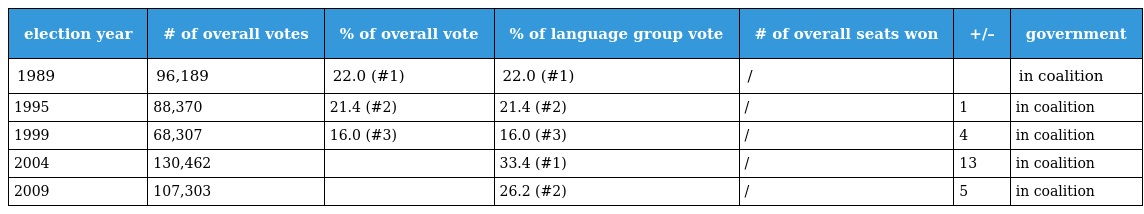
| election year | # of overall votes | % of overall vote | % of language group vote | # of overall seats won | +/– | government |
 | --- | --- | --- | --- | --- | --- | --- |
 | 1989 | 96,189 | 22.0 (#1) | 22.0 (#1) | / |  | in coalition |
 | 1995 | 88,370 | 21.4 (#2) | 21.4 (#2) | / | 1 | in coalition |
 | 1999 | 68,307 | 16.0 (#3) | 16.0 (#3) | / | 4 | in coalition |
 | 2004 | 130,462 |  | 33.4 (#1) | / | 13 | in coalition |
 | 2009 | 107,303 |  | 26.2 (#2) | / | 5 | in coalition |